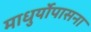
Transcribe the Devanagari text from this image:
माधुर्योपासना